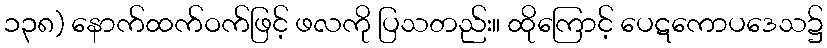
၁၃၈) နောက်ထက်ဝက်ဖြင့် ဖလကို ပြသတည်း။ ထိုကြောင့် ပေဋကောပဒေသ၌